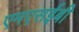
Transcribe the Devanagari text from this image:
एमएसईबी